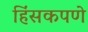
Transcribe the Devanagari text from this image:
हिंसकपणे